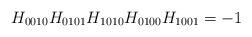
LaTeX: \begin{align*}H_{0010}H_{0101}H_{1010}H_{0100}H_{1001}=-1\end{align*}